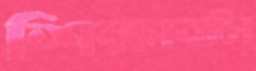
শিক্ষাবলি